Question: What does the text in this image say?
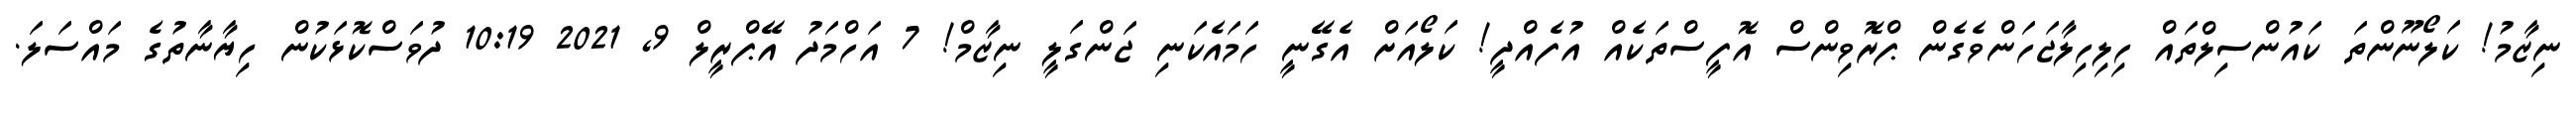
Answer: ނިޒާމު! ކަލޯނޫންތަ ކައުންސިލްތައް ހިލިހިލާޖަހަންވެގެން ޕްރޮވިންސް އޮފީސްތަކެއް އުފެއްދީ! ކަލޯއަށް އެގޭނީ ހަމައެކަނި ޖަންގަލީ ނިޒާމް! 7 އަހްމަދު އޭޕްރީލް 9, 2021 10:19 ދުވަސްކޮޅަކުން ހިޔާނާތުގެ މައްސަލަ.